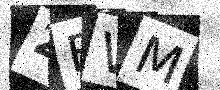
Text: 2EVM